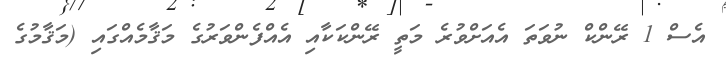
އެސް 1 ރޭންކް ނުވަތަ އެއަށްވުރެ މަތީ ރޭންކަކާއި އެއްފެންވަރުގެ މަޤާމެއްގައި (މަޤާމުގެ